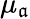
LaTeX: \mu_{\mathfrak{a}}